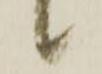
候